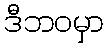
ဒီဘဝမှာ